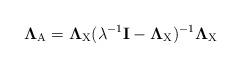
LaTeX: \begin{align*} \mathbf{\Lambda}_{\rm A}= \mathbf{\Lambda}_{\rm X}(\lambda^{-1}\mathbf{I}-\mathbf{\Lambda}_{\rm X})^{-1}\mathbf{\Lambda}_{\rm X}\end{align*}